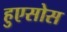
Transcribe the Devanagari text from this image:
हुएसोस